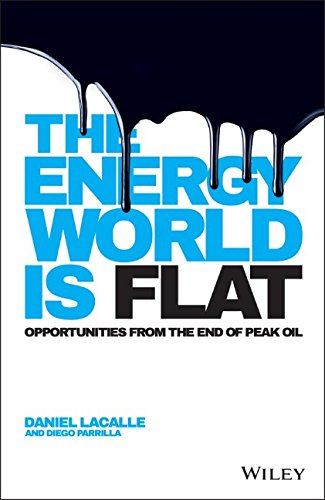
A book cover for The Energy World is Flat: Opportunities from the End of Peak Oil; Daniel Lacalle; Business & Money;